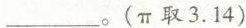
___。(\pi 取3.14)